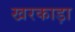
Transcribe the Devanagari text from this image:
खरकाड़ा